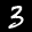
Label: 3